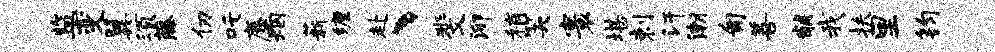
监变翼须藤仞吒麋烟薪缠赴、斐泖稍笑寰堪剌汗潮匍善黼我扶里钧